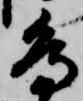
鳥